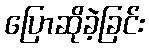
ပြောဆိုခဲ့ခြင်း